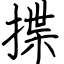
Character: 揲